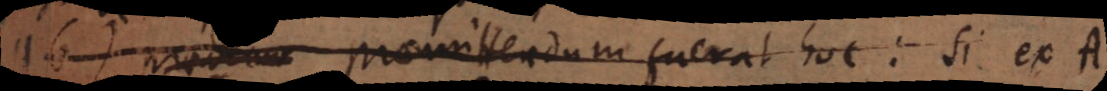
16) Praedemo Praemittendum fuerat hoc: Si ex A